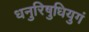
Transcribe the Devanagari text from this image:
धनुरिषुधियुगं